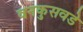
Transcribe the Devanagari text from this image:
वनकुसवडे